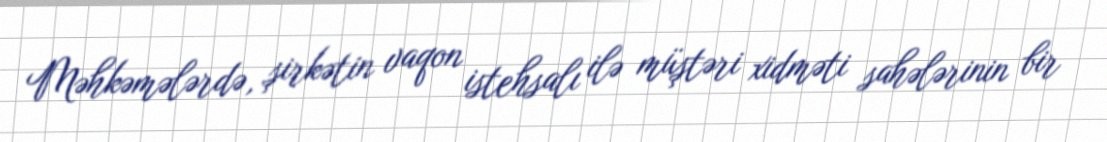
Məhkəmələrdə, şirkətin vaqon istehsalı ilə müştəri xidməti sahələrinin bir